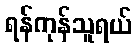
ရန်ကုန်သူရယ်